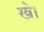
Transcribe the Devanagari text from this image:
खे।